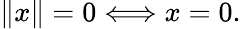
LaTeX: \| x\| =0\Longleftrightarrow x=0.